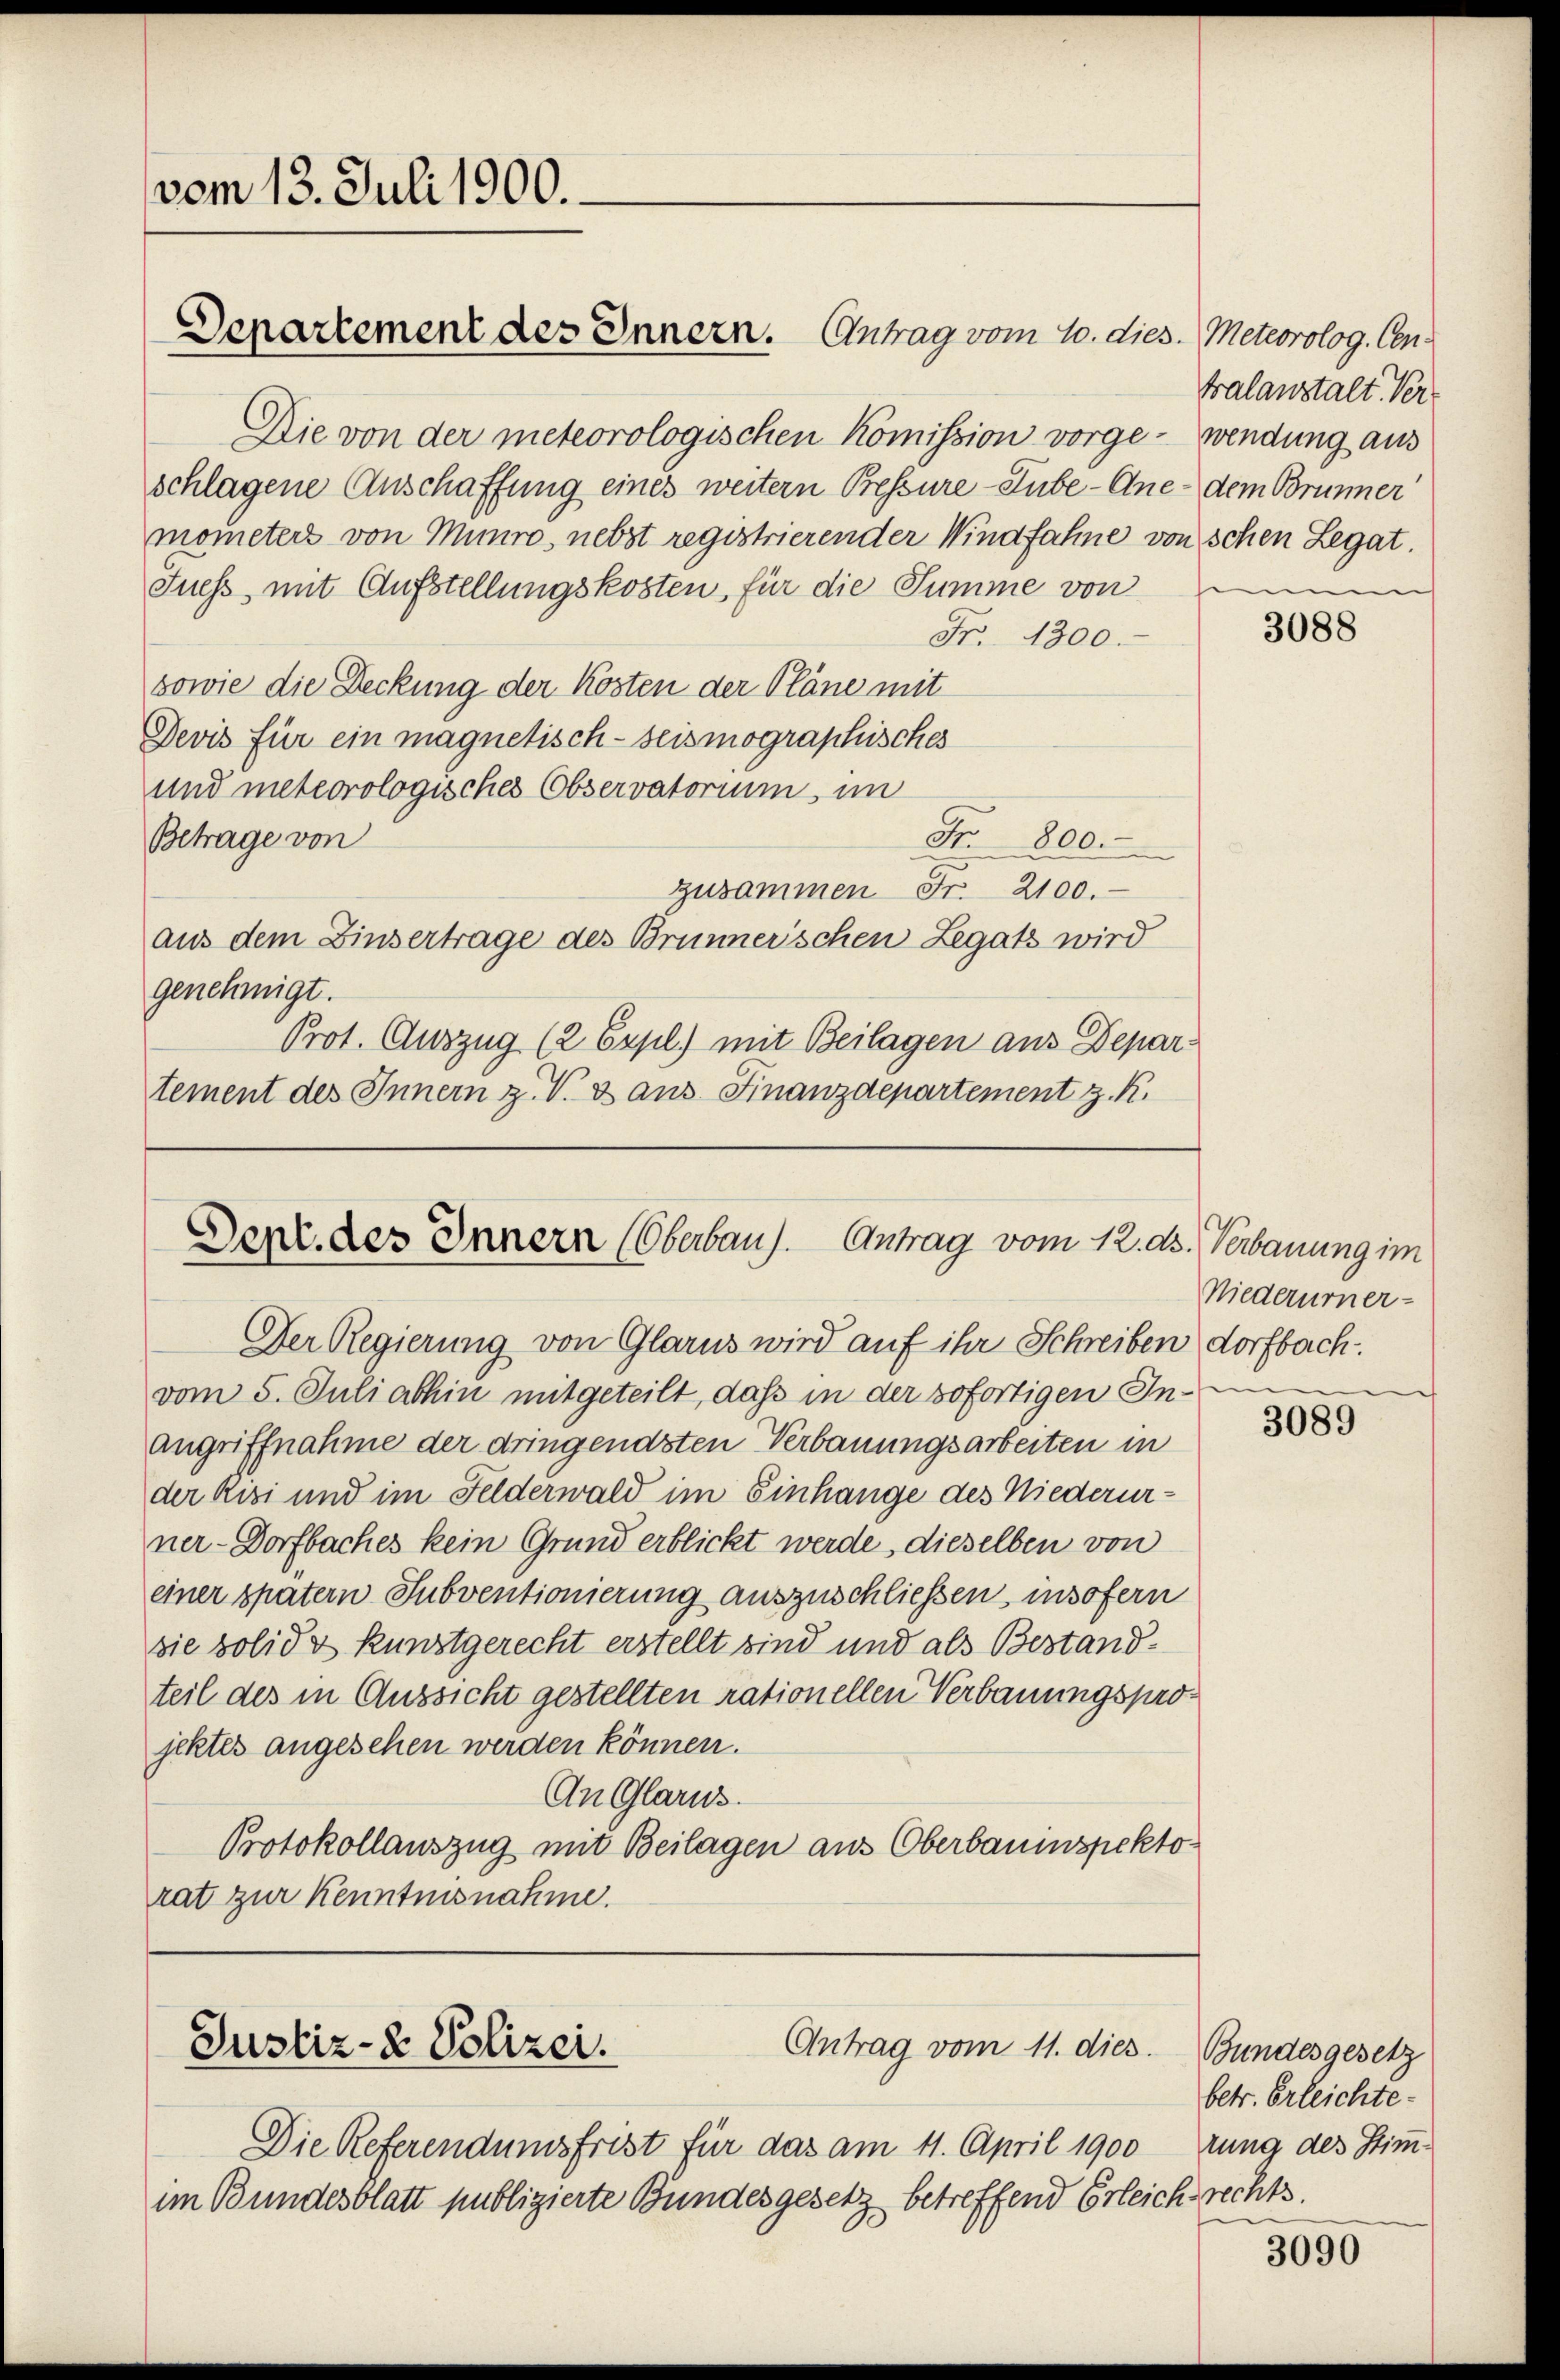
vom 13. Juli 1900.

Die von der meteorologischen Komission vorge- wendung aus
schlagene Anschaffung eines weitern Pressure-Lube-Ane- dem Brunner
mometers von Münro, nebst registrierender Windfahne von schen Legat.
Fuess mit Aufstellungskosten, für die Summe von
Fr. 1300.
sowie die Deckung der Kosten der Pläne mit
Devis für ein magnetisch-seismographisches
und meteorologisches Observatorium im
Fr. 800.
Betrage von
zusammen Fr. 2100.
aus dem Zinsertrage des Brünnerischen Legats wird
genehmigt.
Prot. Auszug (2 Expl) mit Beilagen aus Departement des Innern z. V. 3 aus Finanzdepartement z. K.

Departement des Innern. Antrag vom 10. dies. Meteorolog. Cen¬

Der. des Innern (Oberbau). Antrag vom 12. ds. Verbauung im
Der Regierung von Glarus wird auf ihr Schreiben dorfbach.

Antrag vom 11. dies
Justiz- & Polizei.

vom 5. Juliabhin mitgeteilt, daß in der sofortigen In-
Angriffnahme der dringendsten Verbauungsarbeiten in
der Risi und im Felderwald im Einhange des Niederurner-Dorfbaches kein Grund erblickt werde, dieselben von
einer spätern Subventionierung auszuschließen, insofern
sie solide kunstgerecht erstellt sind und als Bestandteil des in Aussicht gestellten rationellen Verbauungsprojektes angesehen werden können.
An Glarus.
Protokollauszug mit Beilagen aus Oberbauinspektorat zur Kenntnisnahme.

Die Referendumsfrist für das am 11. April 1900
im Bundesblatt publizierte Bundesgesetz betreffend Erleic

tralanstalt. Vere

3088

Niederurner-

3089

Bundesgesetz
betr. Erleichte
rung des Stimmchsrechts.

3090